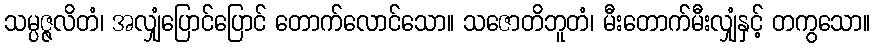
သမ္ပဇ္ဇလိတံ၊ အလျှံပြောင်ပြောင် တောက်လောင်သော။ သဇောတိဘူတံ၊ မီးတောက်မီးလျှံနှင့် တကွသော။